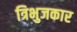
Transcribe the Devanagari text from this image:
त्रिभुजकार